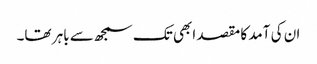
ان کی آمد کا مقصد ابھی تک سمجھ سے باہر تھا۔